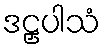
ဒဠှပါသံ